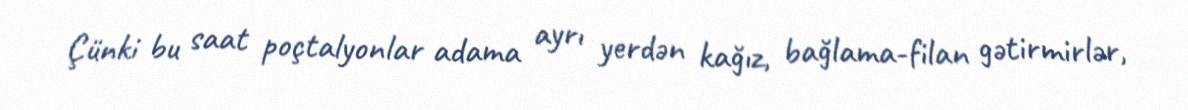
Çünki bu saat poçtalyonlar adama ayrı yerdən kağız, bağlama-filan gətirmirlər,